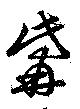
觜